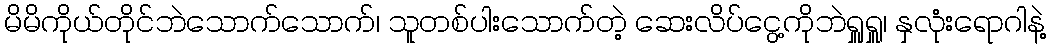
မိမိကိုယ်တိုင်ဘဲသောက်သောက်၊ သူတစ်ပါးသောက်တဲ့ ဆေးလိပ်ငွေ့ကိုဘဲရှူရှူ၊ နှလုံးရောဂါနဲ့